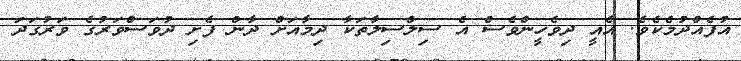
އުފެއްދުމެކެވެ. އެއީ ދިވެހީންވެސް އެ ސިލްސިލާތަކާ ދިމާއަށް ދާން ފެށި ދުވަސްވަރުގެ ވަރުގަދަ